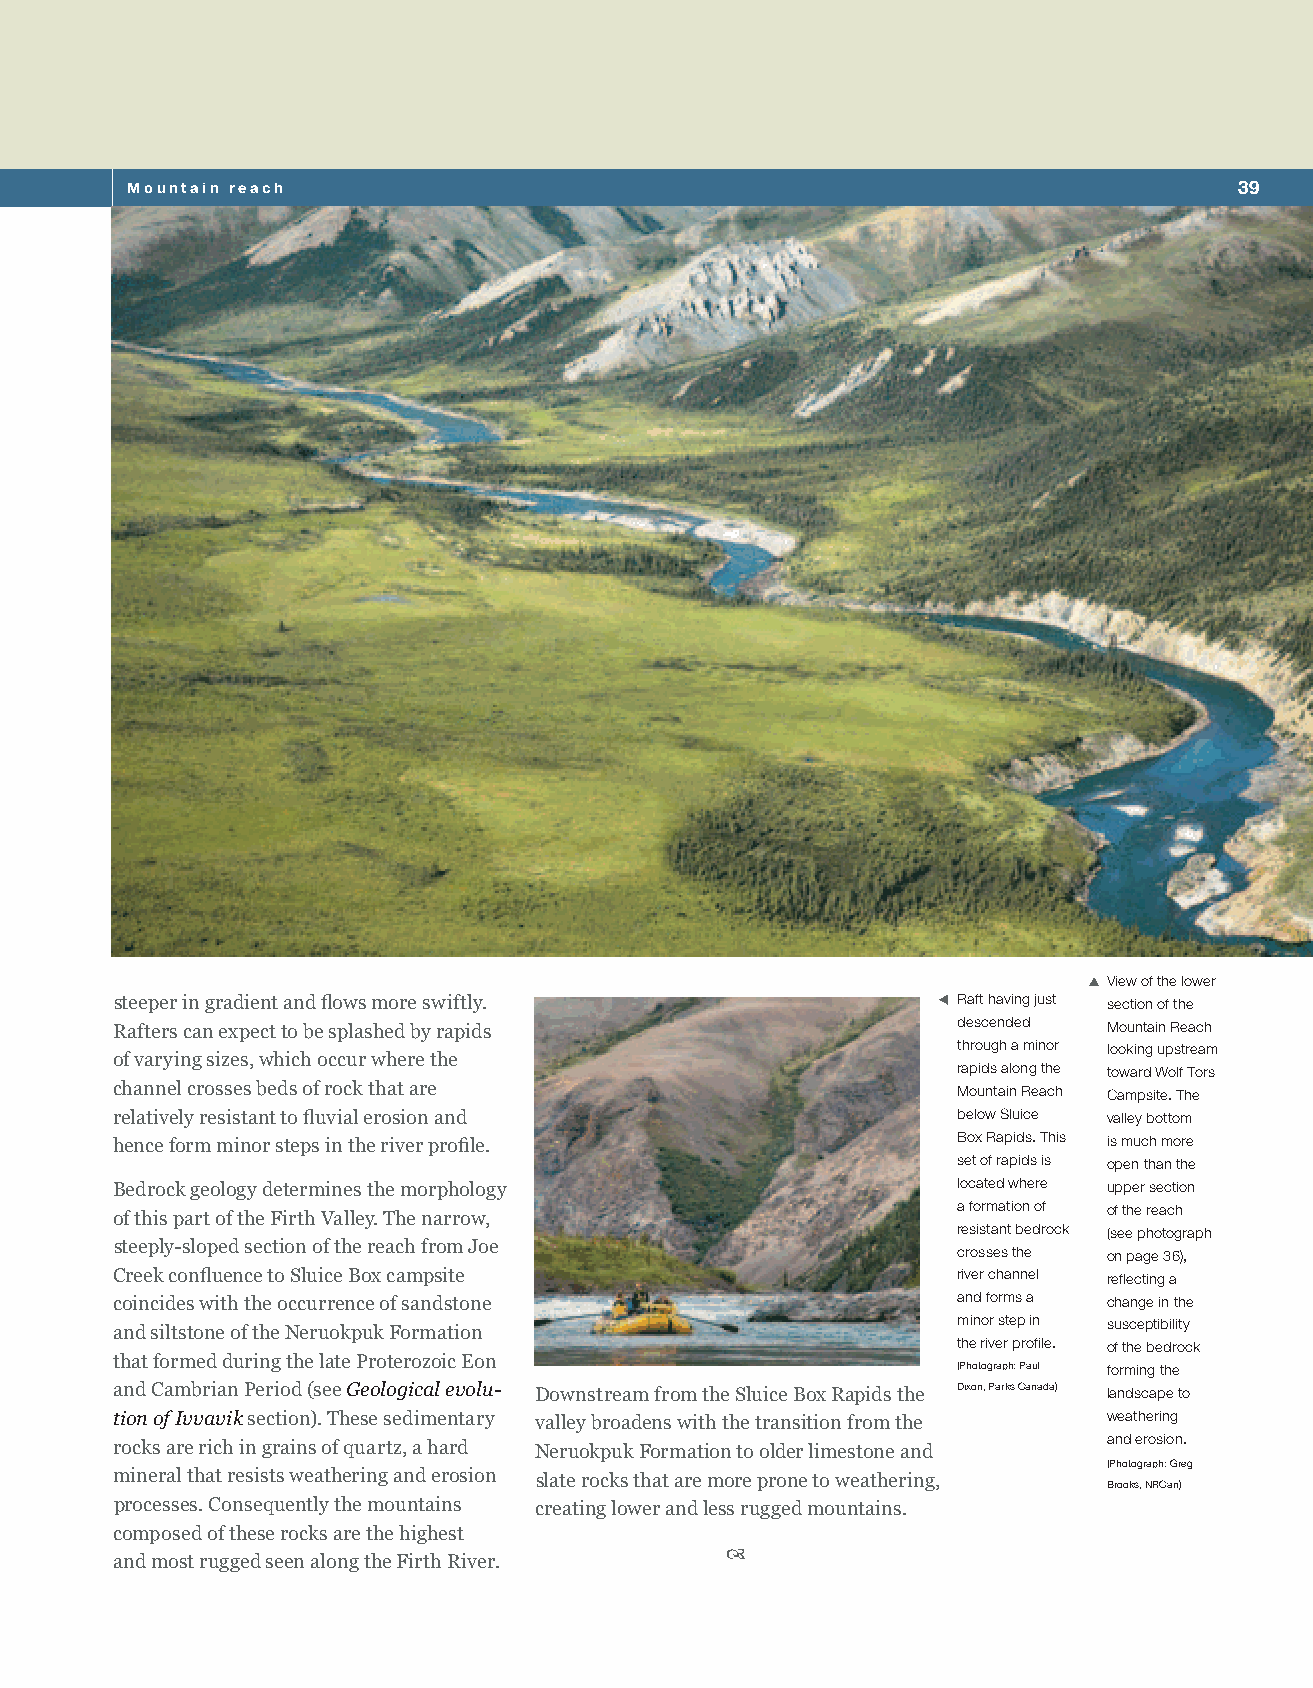
Mountain reach                                                            39
 SXView of the lower
 steeper in gradient and flows more swiftly.           WXRaft having just section of the
 Rafters can expect to be splashed by rapids             descended Mountain Reach
 through a minor looking upstream
 of varying sizes, which occur where the
 rapids along the toward Wolf Tors
 channel crosses beds of rock that are                   Mountain Reach Campsite. The
 relatively resistant to fluvial erosion and            below Sluice valley bottom
 hence form minor steps in the river profile.            Box Rapids. This is much more
 set of rapids is open than the
 Bedrock geology determines the morphology               located where upper section
 a formation of of the reach
 of this part of the Firth Valley. The narrow,
 resistant bedrock (see photograph
 steeply-sloped section of the reach from Joe           crosses the on page 36),
 Creek confluence to Sluice Box campsite                 river channel reflecting a
 coincides with the occurrence of sandstone              and forms a change in the
 minor step in susceptibility
 and siltstone of the Neruokpuk Formation
 the river profile. of the bedrock
 that formed during the late Proterozoic Eon
 (Photograph: Paul forming the
 and Cambrian Period (see Geological evolu- Downstream from the Sluice Box Rapids the dixon, Parks Canada) landscape to
 tion of Ivvavik section). These sedimentary valley broadens with the transition from the weathering
 and erosion.
 rocks are rich in grains of quartz, a hard Neruokpuk Formation to older limestone and
 (Photograph: Greg
 mineral that resists weathering and erosion slate rocks that are more prone to weathering,
 Brooks, NRCan)
 processes. Consequently the mountains creating lower and less rugged mountains.
 composed of these rocks are the highest
 
 and most rugged seen along the Firth River.